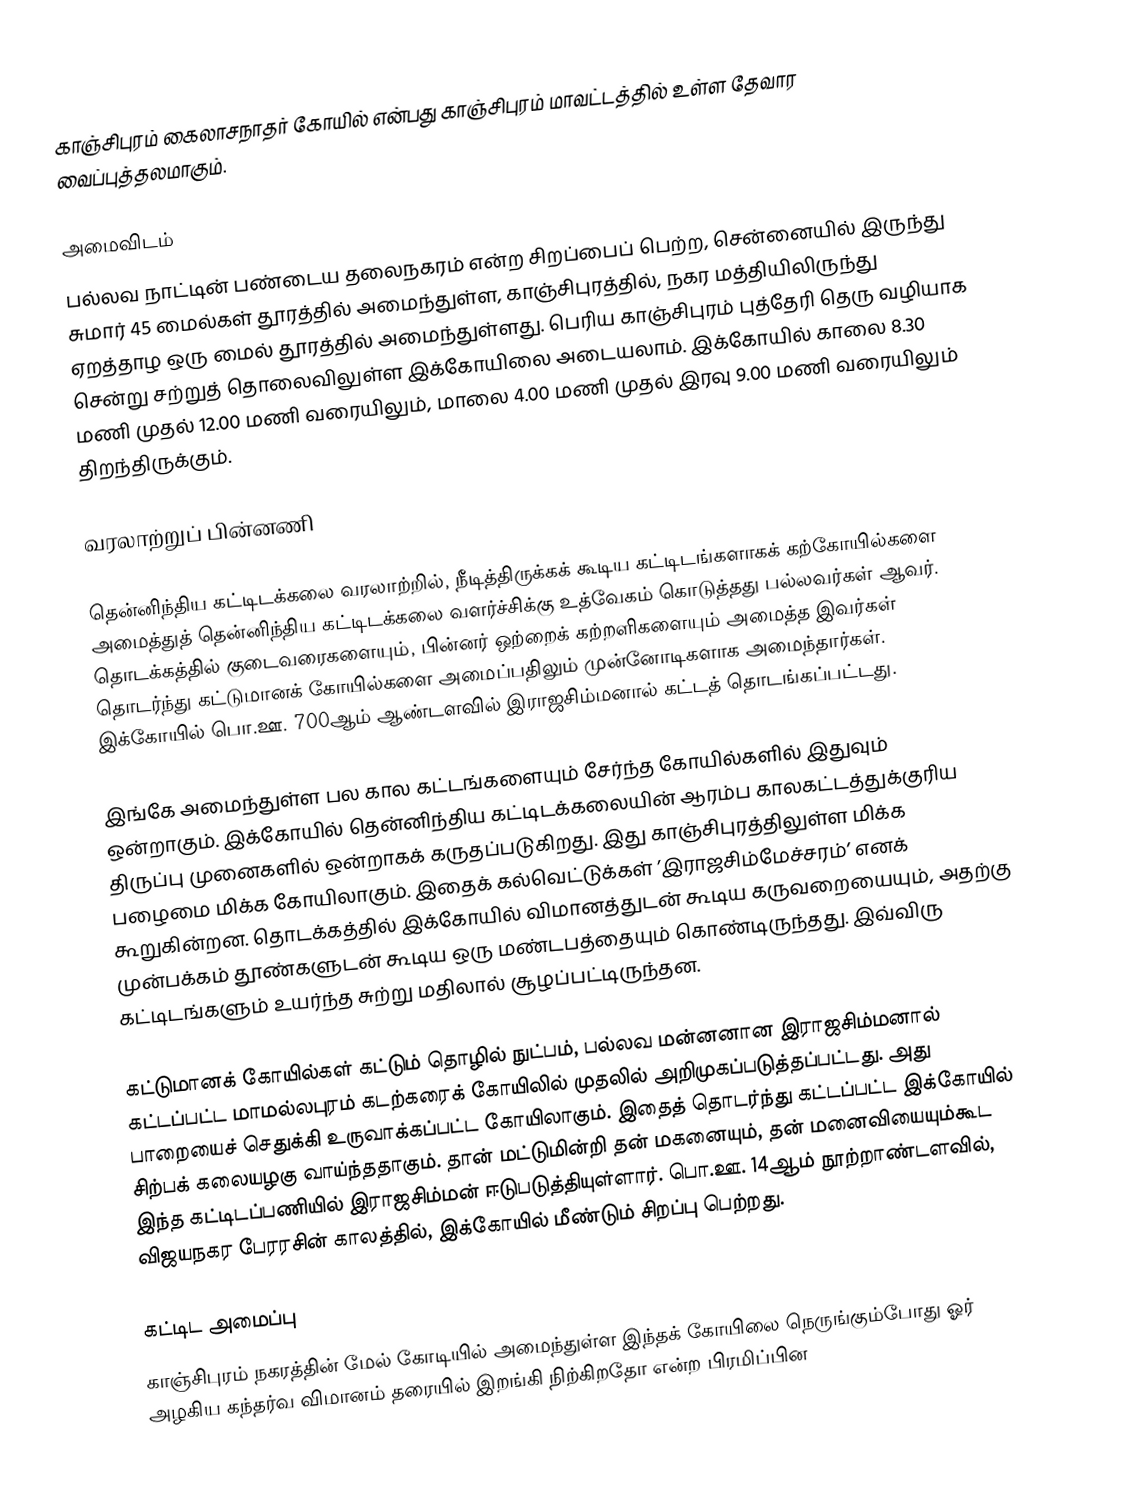
காஞ்சிபுரம் கைலாசநாதர் கோயில் என்பது காஞ்சிபுரம் மாவட்டத்தில் உள்ள தேவார வைப்புத்தலமாகும்.

அமைவிடம்
பல்லவ நாட்டின் பண்டைய தலைநகரம் என்ற சிறப்பைப் பெற்ற, சென்னையில் இருந்து சுமார் 45 மைல்கள் தூரத்தில் அமைந்துள்ள, காஞ்சிபுரத்தில், நகர மத்தியிலிருந்து ஏறத்தாழ ஒரு மைல் தூரத்தில் அமைந்துள்ளது. பெரிய காஞ்சிபுரம் புத்தேரி தெரு வழியாக சென்று சற்றுத் தொலைவிலுள்ள இக்கோயிலை அடையலாம். இக்கோயில் காலை 8.30 மணி முதல் 12.00 மணி வரையிலும், மாலை 4.00 மணி முதல் இரவு 9.00 மணி வரையிலும் திறந்திருக்கும்.

வரலாற்றுப் பின்னணி

தென்னிந்திய கட்டிடக்கலை வரலாற்றில், நீடித்திருக்கக் கூடிய கட்டிடங்களாகக் கற்கோயில்களை அமைத்துத் தென்னிந்திய கட்டிடக்கலை வளர்ச்சிக்கு உத்வேகம் கொடுத்தது பல்லவர்கள் ஆவர். தொடக்கத்தில் குடைவரைகளையும், பின்னர் ஒற்றைக் கற்றளிகளையும் அமைத்த இவர்கள் தொடர்ந்து கட்டுமானக் கோயில்களை அமைப்பதிலும் முன்னோடிகளாக அமைந்தார்கள். இக்கோயில் பொ.ஊ. 700ஆம் ஆண்டளவில் இராஜசிம்மனால் கட்டத் தொடங்கப்பட்டது.

இங்கே அமைந்துள்ள பல கால கட்டங்களையும் சேர்ந்த கோயில்களில் இதுவும் ஒன்றாகும். இக்கோயில் தென்னிந்திய கட்டிடக்கலையின்  ஆரம்ப காலகட்டத்துக்குரிய திருப்பு முனைகளில் ஒன்றாகக் கருதப்படுகிறது. இது காஞ்சிபுரத்திலுள்ள மிக்க பழைமை மிக்க கோயிலாகும். இதைக் கல்வெட்டுக்கள் ’இராஜசிம்மேச்சரம்’ எனக் கூறுகின்றன. தொடக்கத்தில் இக்கோயில் விமானத்துடன் கூடிய கருவறையையும், அதற்கு முன்பக்கம் தூண்களுடன் கூடிய ஒரு மண்டபத்தையும் கொண்டிருந்தது. இவ்விரு கட்டிடங்களும் உயர்ந்த சுற்று மதிலால் சூழப்பட்டிருந்தன.

கட்டுமானக் கோயில்கள் கட்டும் தொழில் நுட்பம், பல்லவ மன்னனான இராஜசிம்மனால் கட்டப்பட்ட மாமல்லபுரம் கடற்கரைக் கோயிலில் முதலில் அறிமுகப்படுத்தப்பட்டது. அது பாறையைச் செதுக்கி உருவாக்கப்பட்ட கோயிலாகும். இதைத் தொடர்ந்து கட்டப்பட்ட இக்கோயில் சிற்பக் கலையழகு வாய்ந்ததாகும். தான் மட்டுமின்றி தன் மகனையும், தன் மனைவியையும்கூட இந்த கட்டிடப்பணியில் இராஜசிம்மன் ஈடுபடுத்தியுள்ளார். பொ.ஊ. 14ஆம் நூற்றாண்டளவில், விஜயநகர பேரரசின் காலத்தில், இக்கோயில் மீண்டும் சிறப்பு பெற்றது.

கட்டிட அமைப்பு
காஞ்சிபுரம் நகரத்தின் மேல் கோடியில் அமைந்துள்ள இந்தக் கோயிலை நெருங்கும்போது ஓர் அழகிய கந்தர்வ விமானம் தரையில் இறங்கி நிற்கிறதோ என்ற பிரமிப்பின